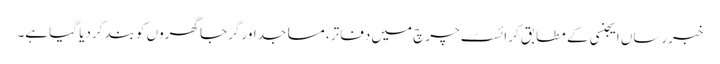
خبررساں ایجنسی کے مطابق کرائسٹ چرچ میں دفاتر، مساجد اور گرجا گھروں کو بند کردیا گیا ہے۔